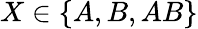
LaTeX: X\in\{ A,B,AB\}